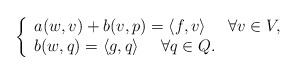
LaTeX: \begin{align*}\left\{\begin{array}{l}a(w,v)+b(v,p)=\langle f,v \rangle~~~~\forall v \in V,\\ b(w,q)=\langle g,q \rangle~~~~\forall q\in Q.\end{array}\right.\end{align*}